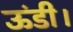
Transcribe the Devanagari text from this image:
ऊंडी।